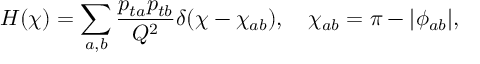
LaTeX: H ( \chi ) = \sum _ { a , b } \frac { p _ { t a } p _ { t b } } { Q ^ { 2 } } \delta ( \chi - \chi _ { a b } ) , \quad \chi _ { a b } = \pi - | \phi _ { a b } | ,